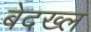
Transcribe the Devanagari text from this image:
बेदख्ल